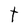
Character: t